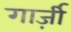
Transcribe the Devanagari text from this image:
गार्ज़ी